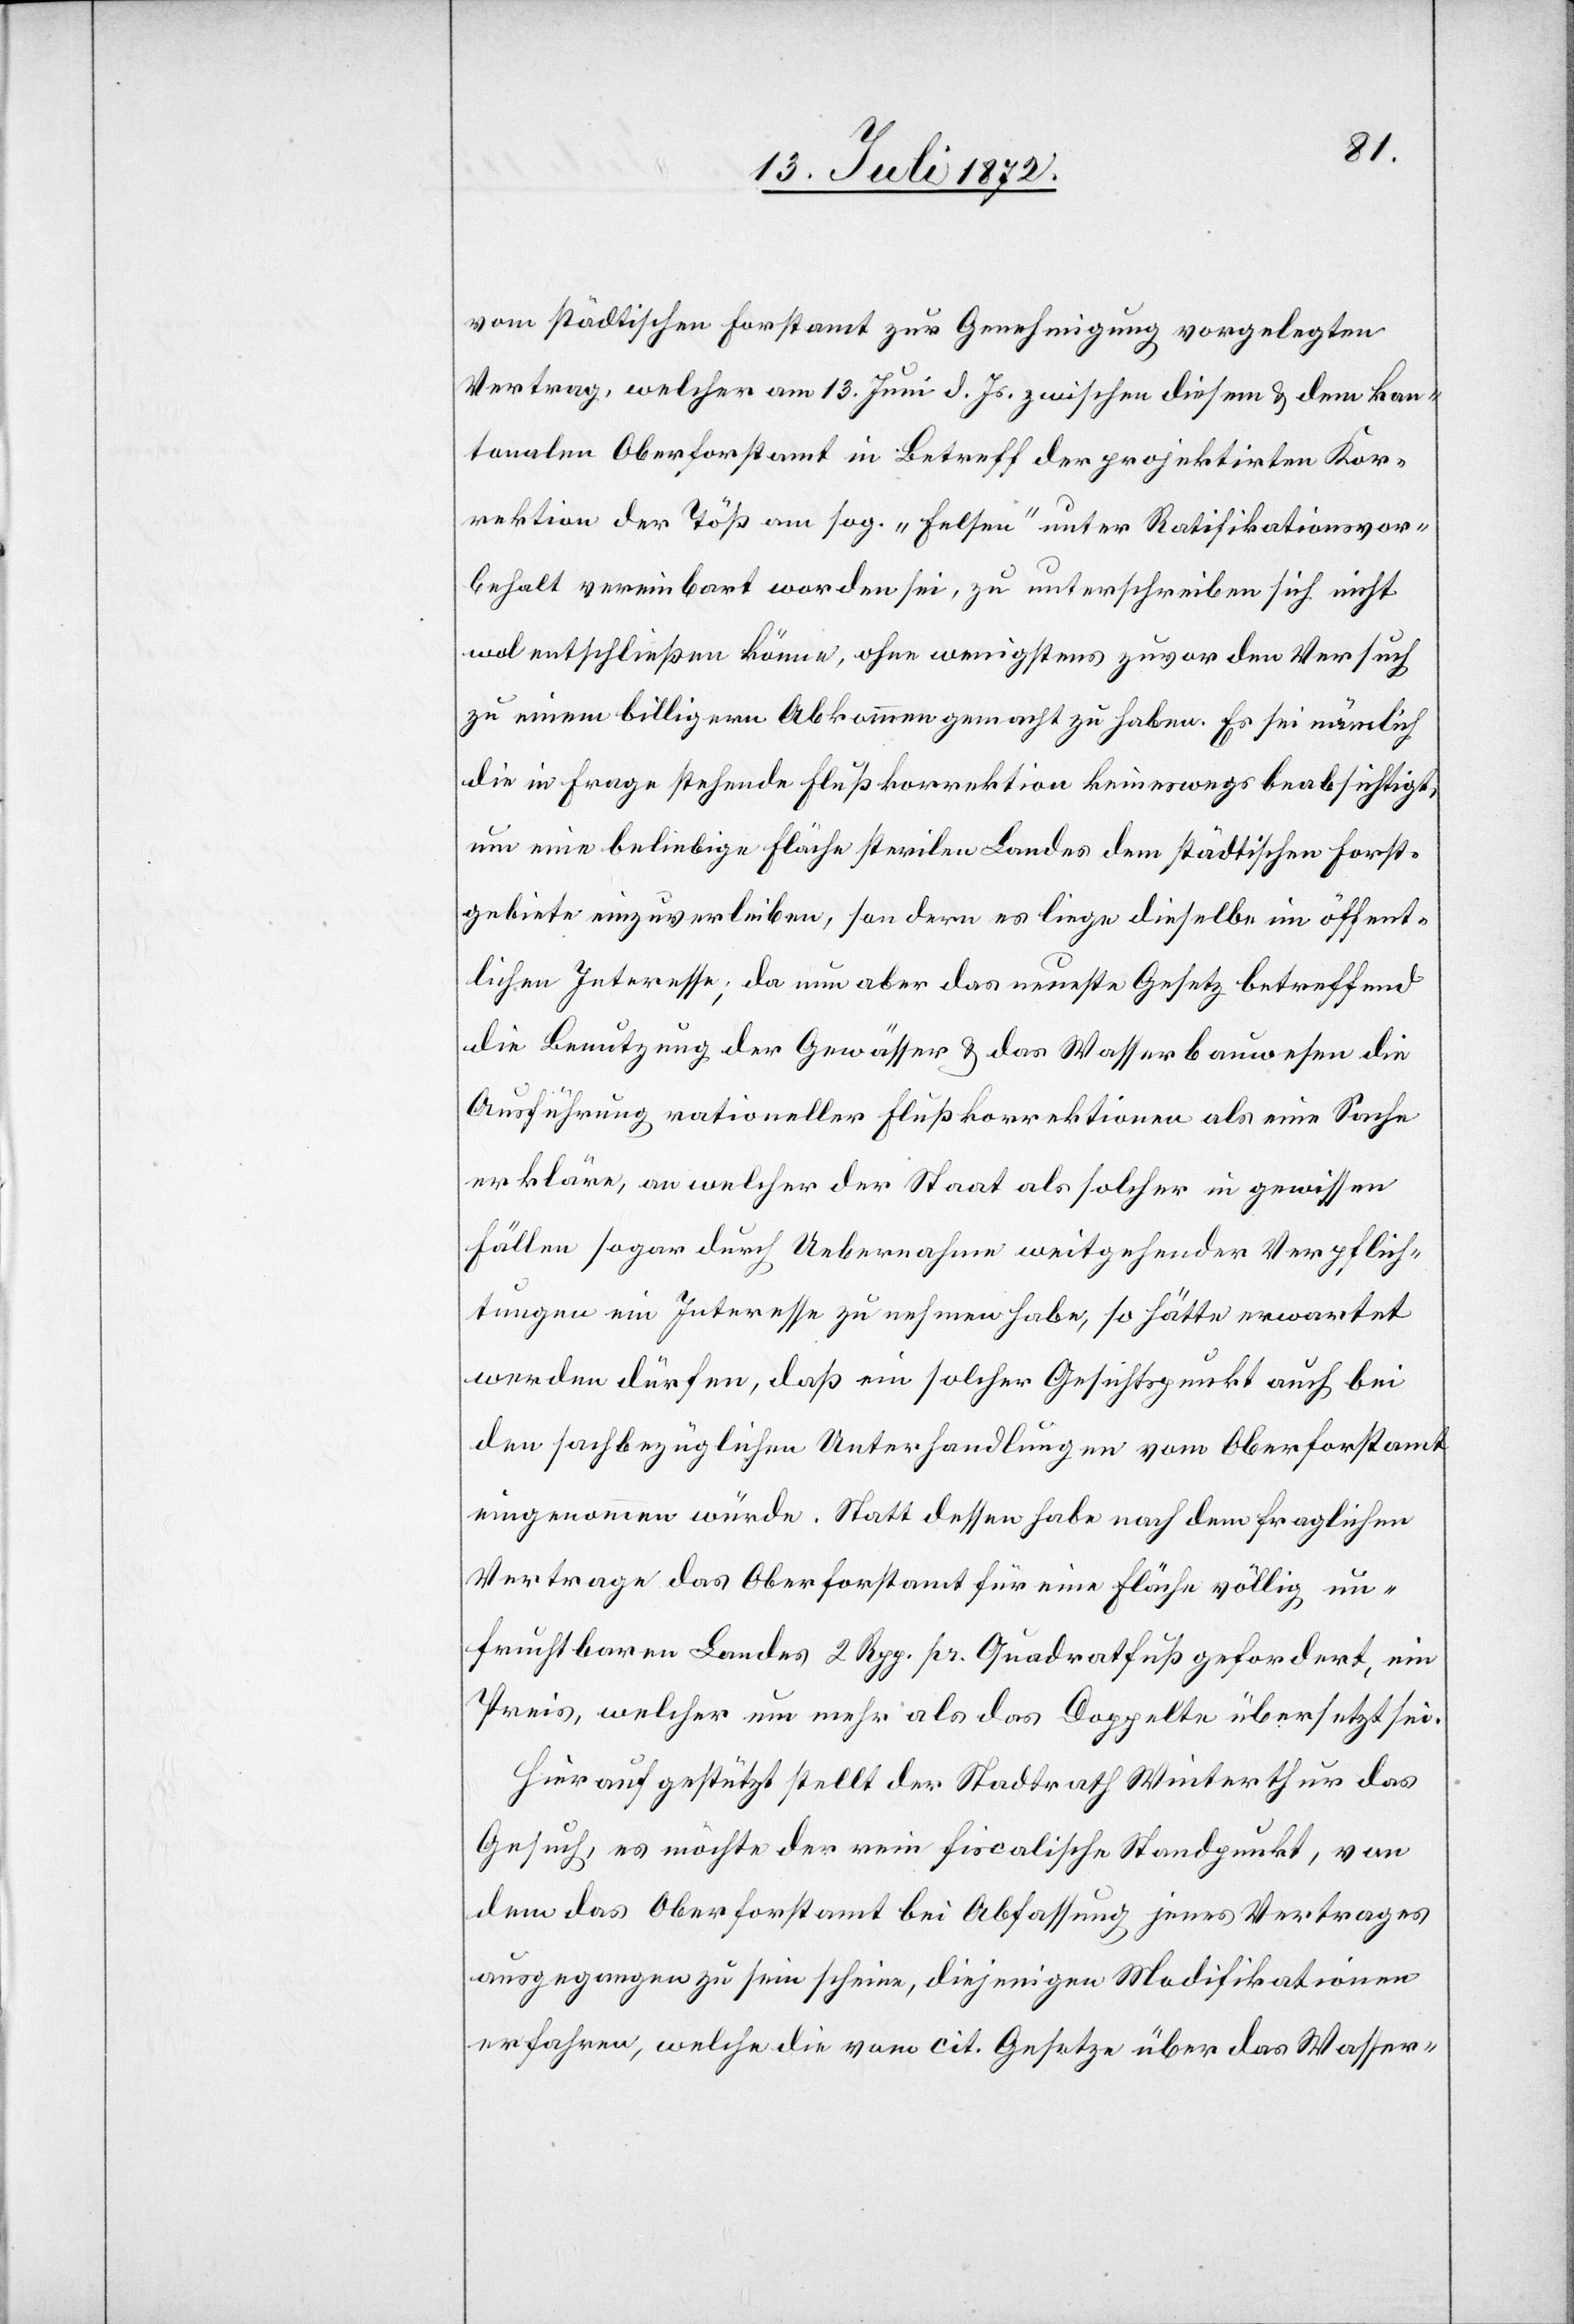
vom städtischen Forstamt zur Genehmigung vorgelegten
Vertrag, welcher am 13. Juni d. Js. zwischen diesem u. dem kan¬
tonalen Oberforstamt in Betreff der projektirten Kor¬
rektion der Töß am sog. „Felsen“ unter Ratifikationsvor¬
behalt vereinbart worden sei, zu unterschreiben sich nicht
wol entschließen könne, ohne wenigstens zuvor den Versuch
zu einem billigern Abkommen gemacht zu haben. Es sei nämlich
die in Frage stehende Flußkorrektion keineswegs beabsichtigt,
um eine beliebige Fläche sterilen Landes dem städtischen Forst¬
gebiete einzuverleiben, sondern es liege dieselbe im öffent¬
lichen Interesse; da nun aber das neueste Gesetz betreffend
die Benutzung der Gewässer u. das Wasserbauwesen die
Ausführung rationeller Flußkorrektionen als eine Sache
erkläre, an welcher der Staat als solcher in gewissen
Fällen sogar durch Uebernahme weitgehender Verpflich¬
tungen ein Interesse zu nehmen habe, so hätte erwartet
werden dürfen, daß ein solcher Gesichtspunkt auch bei
den sachbezüglichen Unterhandlungen vom Oberforstamt
eingenommen würde. Statt dessen habe nach dem fraglichen
Vertrage das Oberforstamt für eine Fläche völlig un¬
fruchtbaren Landes 2 Rpp. pr. Quadratfuß gefordert, ein
Preis, welcher um mehr als das Doppelte übersetzt sei.
Hierauf gestützt stellt der Stadtrath Winterthur das
Gesuch, es möchte der rein fiscalische Standpunkt, von
dem das Oberforstamt bei Abfassung jenes Vertrages
ausgegangen sein scheine, diejenigen Modifikationen
erfahren, welche die vom cit. Gesetze über das Wasser-